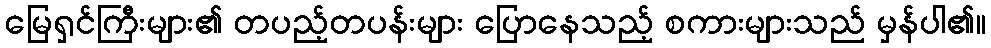
မြေရှင်ကြီးများ၏ တပည့်တပန်းများ ပြောနေသည့် စကားများသည် မှန်ပါ၏။